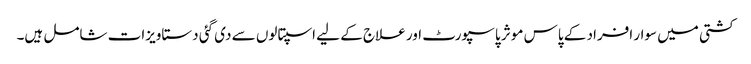
کشتی میں سوار افراد کے پاس موثر پاسپورٹ اور علاج کے لیے اسپتالوں سے دی گئی دستاویزات شامل ہیں۔